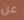
عن